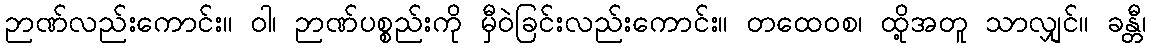
ဉာဏ်လည်းကောင်း။ ဝါ၊ ဉာဏ်ပစ္စည်းကို မှီဝဲခြင်းလည်းကောင်း။ တထေဝစ၊ ထို့အတူ သာလျှင်။ ခန္တီ၊